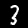
Label: 3